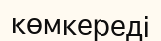
көмкереді